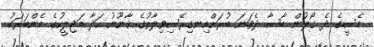
މެސީގެ ދެ ގޯލުން ބާސާ ދެވަނަ ބުރަށްއިނގިރޭސިވިލާތުގެ ޤާނޫނު ހަދާ މަޖިލީހުގެ މެންބަރަކު